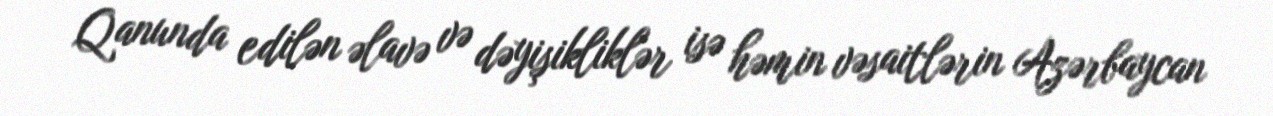
Qanunda edilən əlavə və dəyişikliklər isə həmin vəsaitlərin Azərbaycan